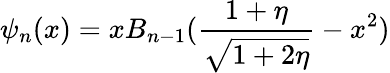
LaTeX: \psi_{n}(x)=xB_{n-1}({\frac{1+\eta}{\sqrt{1+2\eta}}}-x^{2})